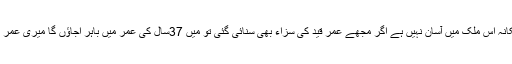
پھانسی پر لٹکانہ اس ملک میں آسان نہیں ہے اگر مجھے عمر قید کی سزاء بھی سنائی گئی تو میں 37سال کی عمر میں باہر اجاؤں گا میری عمر 23سال ہے ۔